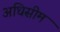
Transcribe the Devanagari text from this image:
अधिसीम